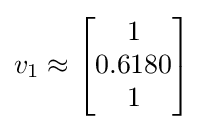
v_{1}\approx \left[{\begin{matrix}1\\0.6180\\1\\\end{matrix}}\right]